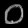
Digit: ၀